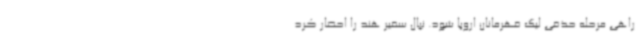
راهی مرحله حذفی لیگ قهرمانان اروپا شود. نپال سفیر هند را احضار کرد